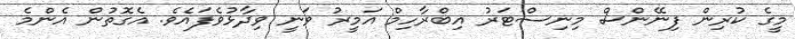
މީގެ ކުރިން ފިނޭންސް މިނިސްޓަރު އިބްރާހިމް އަމީރު ވަނީ ވިދާޅުވެފައެވެ. އެގޮތުން އެންމެ